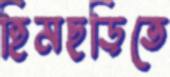
হিমছড়িতে